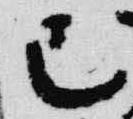
巳